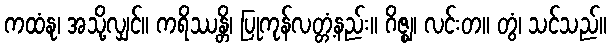
ကထံနု၊ အသို့လျှင်။ ကရိဿန္တိ၊ ပြုကုန်လတ္တံ့နည်း။ ဂိဇ္ဈ၊ လင်းတ။ တွံ၊ သင်သည်။